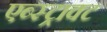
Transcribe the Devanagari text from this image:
एब्स्ट्राक्ट